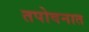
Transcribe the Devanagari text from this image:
तपोवनात